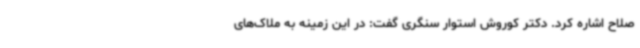
صلاح اشاره کرد. دکتر کوروش استوار سنگری گفت: در این زمینه به ملاک‌های